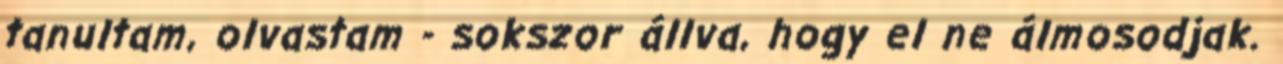
tanultam, olvastam - sokszor állva, hogy el ne álmosodjak.